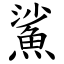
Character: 鯊